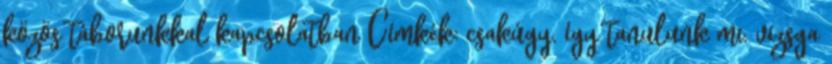
közös táborunkkal kapcsolatban Címkék: csakúgy, így tanulunk mi, vizsga